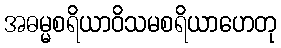
အဓမ္မစရိယာဝိသမစရိယာဟေတု